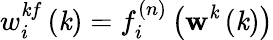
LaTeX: w_{i}^{\mathit{k}f}\left(\mathbf{{\mathit{k}}}\right)=f_{i}^{(n)}\left(\mathbf{{w}}^{\mathit{k}}\left(\mathbf{{\mathit{k}}}\right)\right)